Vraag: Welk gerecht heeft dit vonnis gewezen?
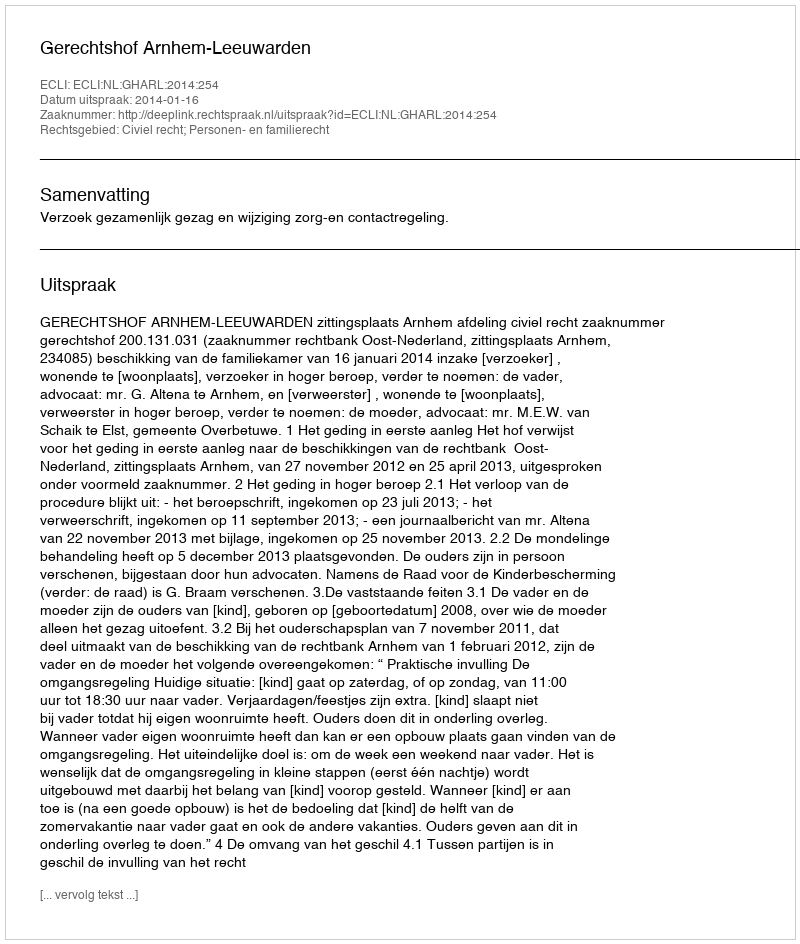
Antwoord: Gerechtshof Arnhem-Leeuwarden